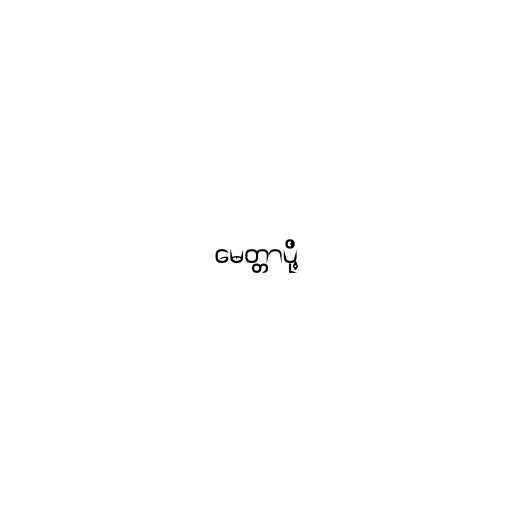
မေတ္တာပို့